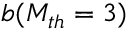
b ( M _ { t h } = 3 )